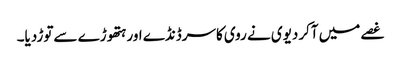
غصے میں آکردیوی نے روی کاسرڈنڈے اورہتھوڑے سےتوڑدیا۔